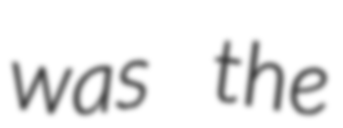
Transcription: was the